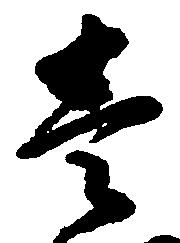
壱